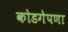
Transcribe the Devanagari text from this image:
कोडगेपणा